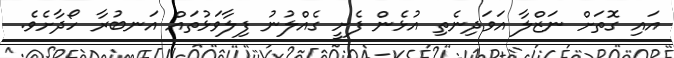
އައި ގޮތަށް ނަޒްލާ އަވަދިނެތި އުޅެން ފެށީ ގެއްލުނު ފިލާވަޅުތައް އަނބުރާ ހޯދާށެވެ.